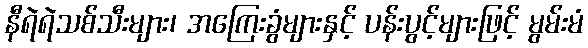
နီရဲရဲသစ်သီးများ၊ အကြေးခွံများနှင့် ပန်းပွင့်များဖြင့် မွမ်းမံ